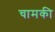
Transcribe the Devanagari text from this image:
चामकी